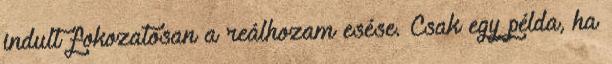
indult fokozatosan a reálhozam esése. Csak egy példa, ha